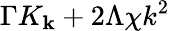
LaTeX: \Gamma K_{\mathbf{k}}+2\Lambda\chi k^{2}